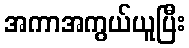
အကာအကွယ်ယူပြီး